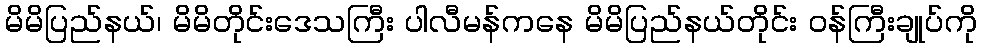
မိမိပြည်နယ်၊ မိမိတိုင်းဒေသကြီး ပါလီမန်ကနေ မိမိပြည်နယ်တိုင်း ဝန်ကြီးချုပ်ကို